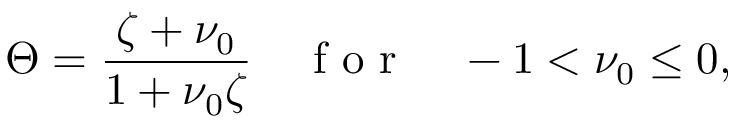
\Theta = \frac { \zeta + \nu _ { 0 } } { 1 + \nu _ { 0 } \zeta } \quad \textrm { f o r } \quad - 1 < \nu _ { 0 } \leq 0 ,